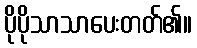
ပိုပိုသာသာပေးတတ်၏။